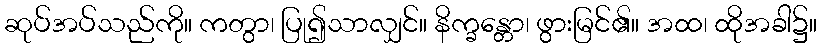
ဆုပ်အပ်သည်ကို။ ကတွာ၊ ပြု၍သာလျှင်။ နိက္ခန္တော၊ ဖွားမြင်၏။ အထ၊ ထိုအခါ၌။